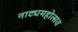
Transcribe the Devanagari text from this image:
नाट्यमहोत्सव